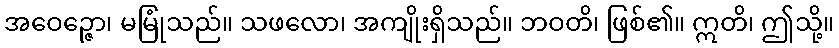
အဝေဉ္ဇော၊ မမြုံသည်။ သဖလော၊ အကျိုးရှိသည်။ ဘဝတိ၊ ဖြစ်၏။ ဣတိ၊ ဤသို့။